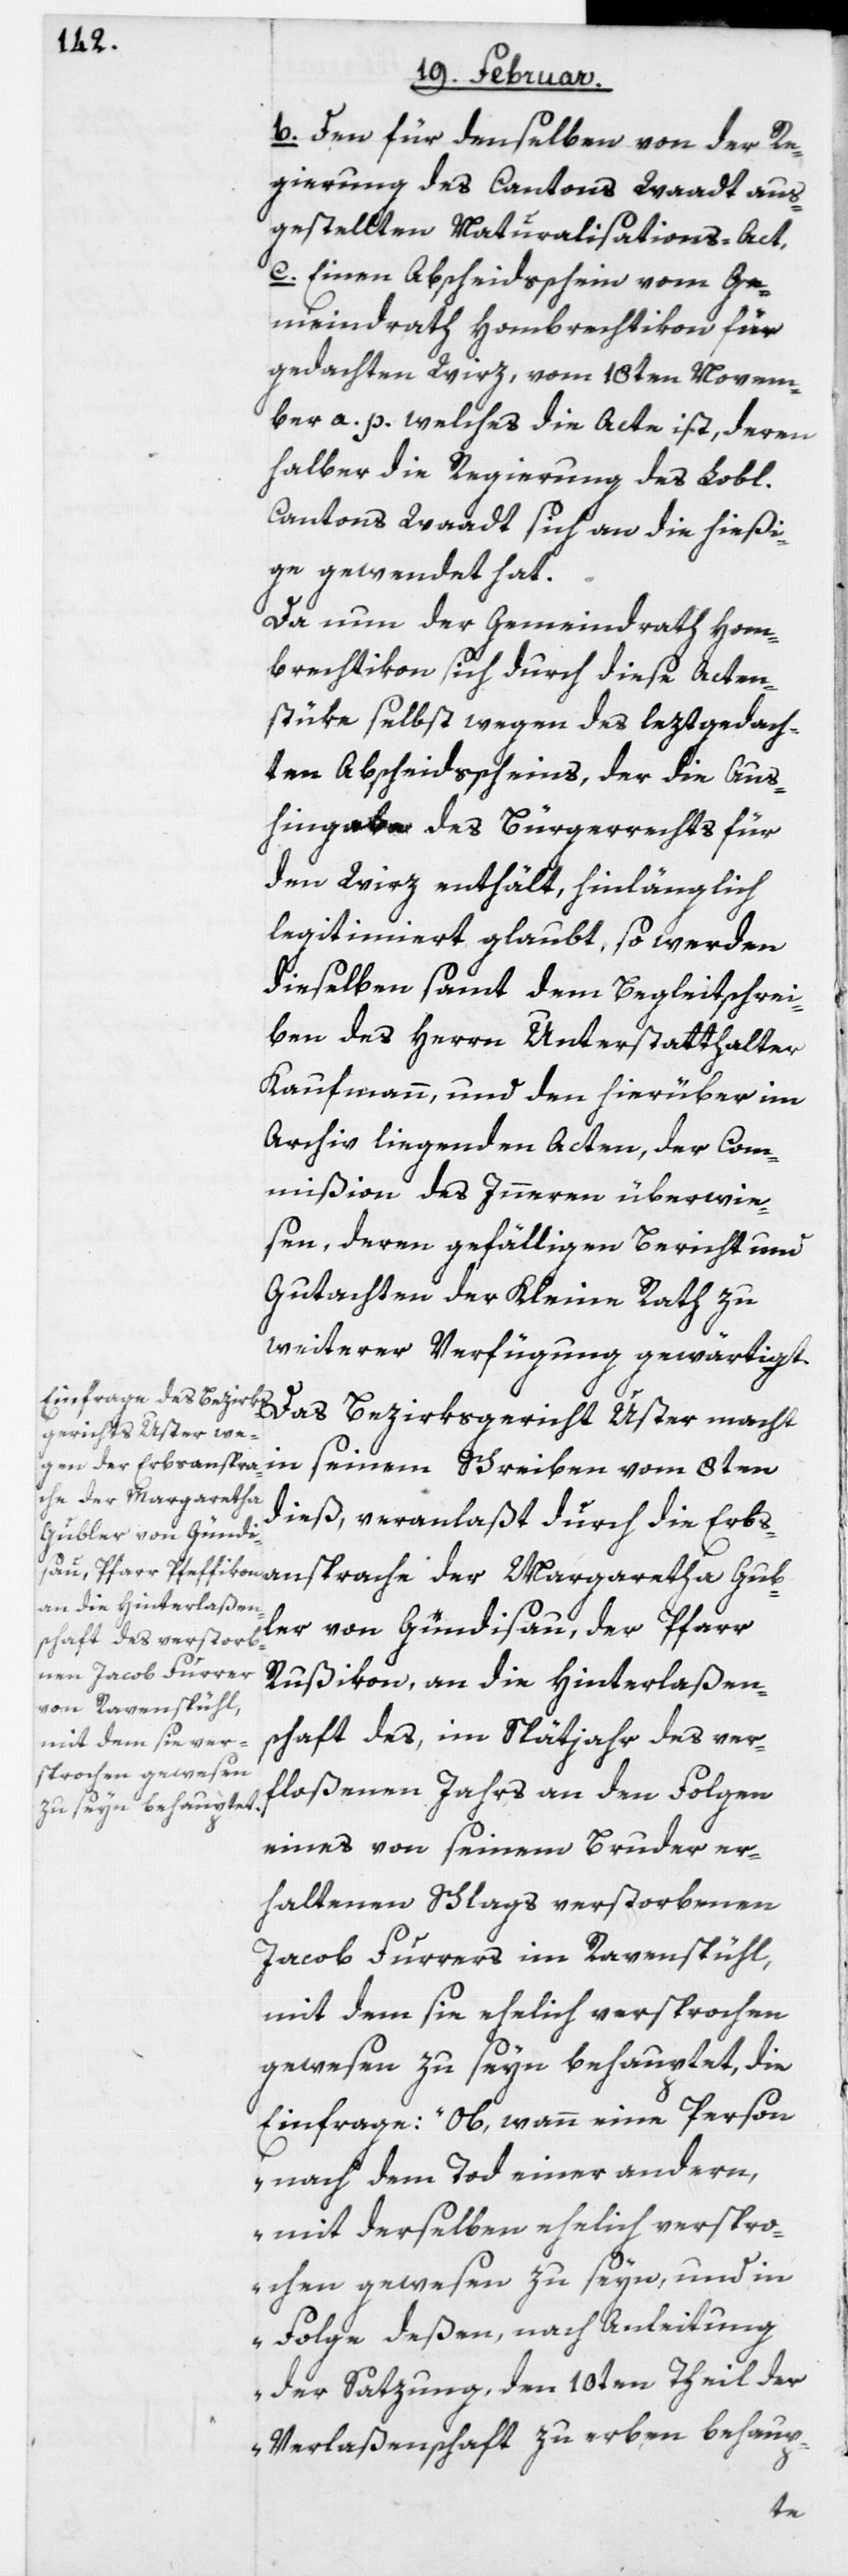
b. Den für denselben von der Re¬
gierung des Cantons Waadt aus¬
gestellten Naturalisations-Act,
c. Einen Abscheidsschein vom Ge¬
meindrath Hombrechtikon für
gedachten Wirz, vom 18ten Novem¬
ber a. p., welches die Acte ist, deren
halber die Regierung des Lobl.
Cantons Waadt sich an die hießi¬
ge gewendet hat.
Da nun der Gemeindrath Hom¬
brechtikon sich durch diese Acten¬
stüke selbst wegen des leztgedach¬
ten Abscheidsscheins, der die Aus¬
hingabe des Bürgerrechts für
den Wirz enthält, hinlänglich
legitimiert glaubt, so werden
dieselben samt dem Begleitschrei¬
ben des Herrn Unterstatthalter
Kaufmann, und den hierüber im
Archiv liegenden Acten, der Com¬
mißion des Inneren überwie¬
sen, deren gefälligen Bericht und
Gutachten der Kleine Rath zu
weiterer Verfügung gewärtigt.
Das Bezirksgericht Uster macht
in seinem Schreiben vom 8ten
che der Margaretha
dieß, veranlaßt durch die Erbsan¬
bler von Gündisau, der Pfarr
Rußikon, an die Hinterlaßen¬
schaft des, im Spätjahr des ver¬
floßenen Jahrs an den Folgen
eines von seinem Bruder er¬
haltenen Schlags verstorbenen
Jacob Furrers im Ravenspühl,
mit dem sie ehelich versprochen
gewesen zu seyn behauptet, die
Einfrage: „Ob, wann eine Person
nach dem Tod einer andern,
mit derselben ehelich verspro¬
chen gewesen zu seyn, und in
Folge deßen, nach Anleitung
der Satzung, den 10ten Theil der
Verlaßenschaft zu erben behaup-
Gu¬